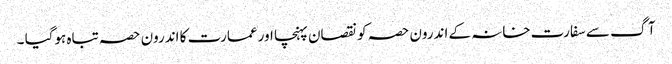
آگ سے سفارت خانہ کے اندرون حصہ کو نقصان پہنچا اور عمارت کا اندرون حصہ تباہ ہوگیا ۔